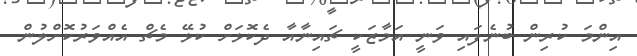
އިންމަ ކުރިން ބުނެފައި ވަނީ އަމާޒަކީ ޗައިނާއާ ދެކޮޅަށް ކުޅޭ މެޗް އެއްވަރުކޮށްލުން